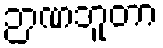
ဉာဏဘူတာ